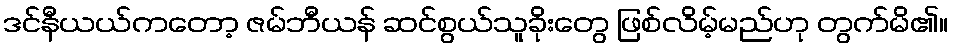
ဒင်နီယယ်ကတော့ ဇမ်ဘီယန် ဆင်စွယ်သူခိုးတွေ ဖြစ်လိမ့်မည်ဟု တွက်မိ၏။